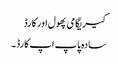
کیریگامی پھول اور کارڈ
سادہ پاپ اپ کارڈ۔